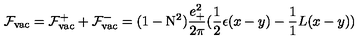
{ \cal F } _ { \mathrm { v a c } } = { \cal F } _ { \mathrm { v a c } } ^ { + } + { \cal F } _ { \mathrm { v a c } } ^ { - } = ( 1 - \mathrm { N } ^ { 2 } ) \frac { e _ { + } ^ { 2 } } { 2 \pi } ( \frac { 1 } { 2 } \epsilon ( x - y ) - \frac { 1 } { 1 } { L } ( x - y ) )